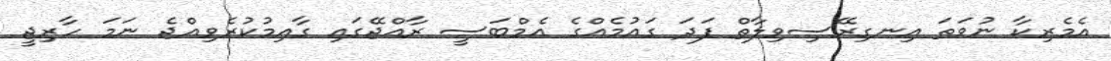
އެމެރިކާ ނުވަތަ އިނގިރޭސިވިލާތް ފަދަ ގައުމެއްގެ އެމްބަސީ ރާއްޖޭގައި ގާއިމުކުރެވިއްޖެ ނަމަ ހާރިޖީ